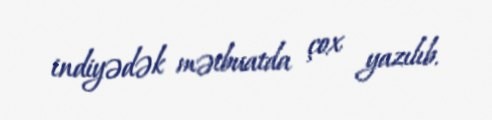
indiyədək mətbuatda çox yazılıb.